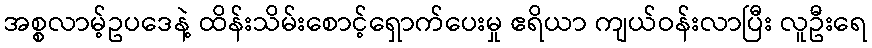
အစ္စလာမ့်ဥပဒေနဲ့ ထိန်းသိမ်းစောင့်ရှောက်ပေးမှု ဧရိယာ ကျယ်ဝန်းလာပြီး လူဦးရေ